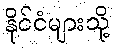
နိုင်ငံများသို့